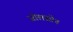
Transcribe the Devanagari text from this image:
जोलसोन